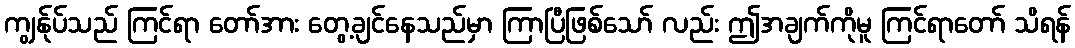
ကျွန်ုပ်သည် ကြင်ရာ တော်အား တွေ့ချင်နေသည်မှာ ကြာပြီဖြစ်သော် လည်း ဤအချက်ကိုမူ ကြင်ရာတော် သိရန်